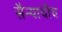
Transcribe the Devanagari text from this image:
सैन्याचीच